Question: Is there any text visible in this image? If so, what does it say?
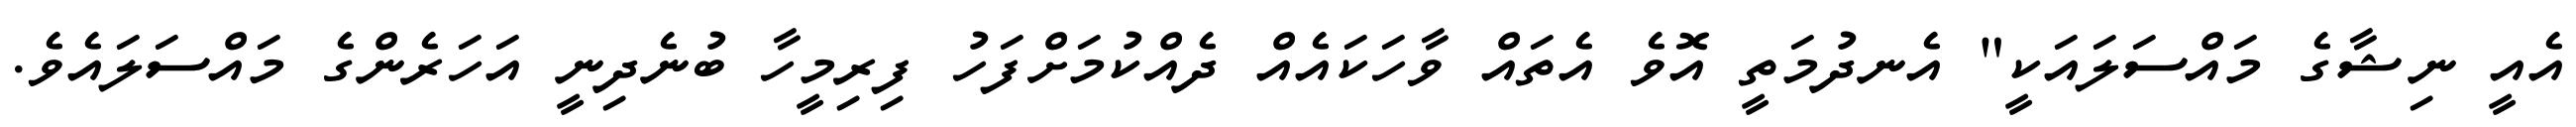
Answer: އެއީ ނިޝާގެ މައްސަލައަކީ" އެނދުމަތީ އޮވެ އެތައް ވާހަކައެއް ދެއްކުމަށްފަހު ފިރިމީހާ ބުނެދިނީ އަހަރެންގެ މައްސަލައެވެ.